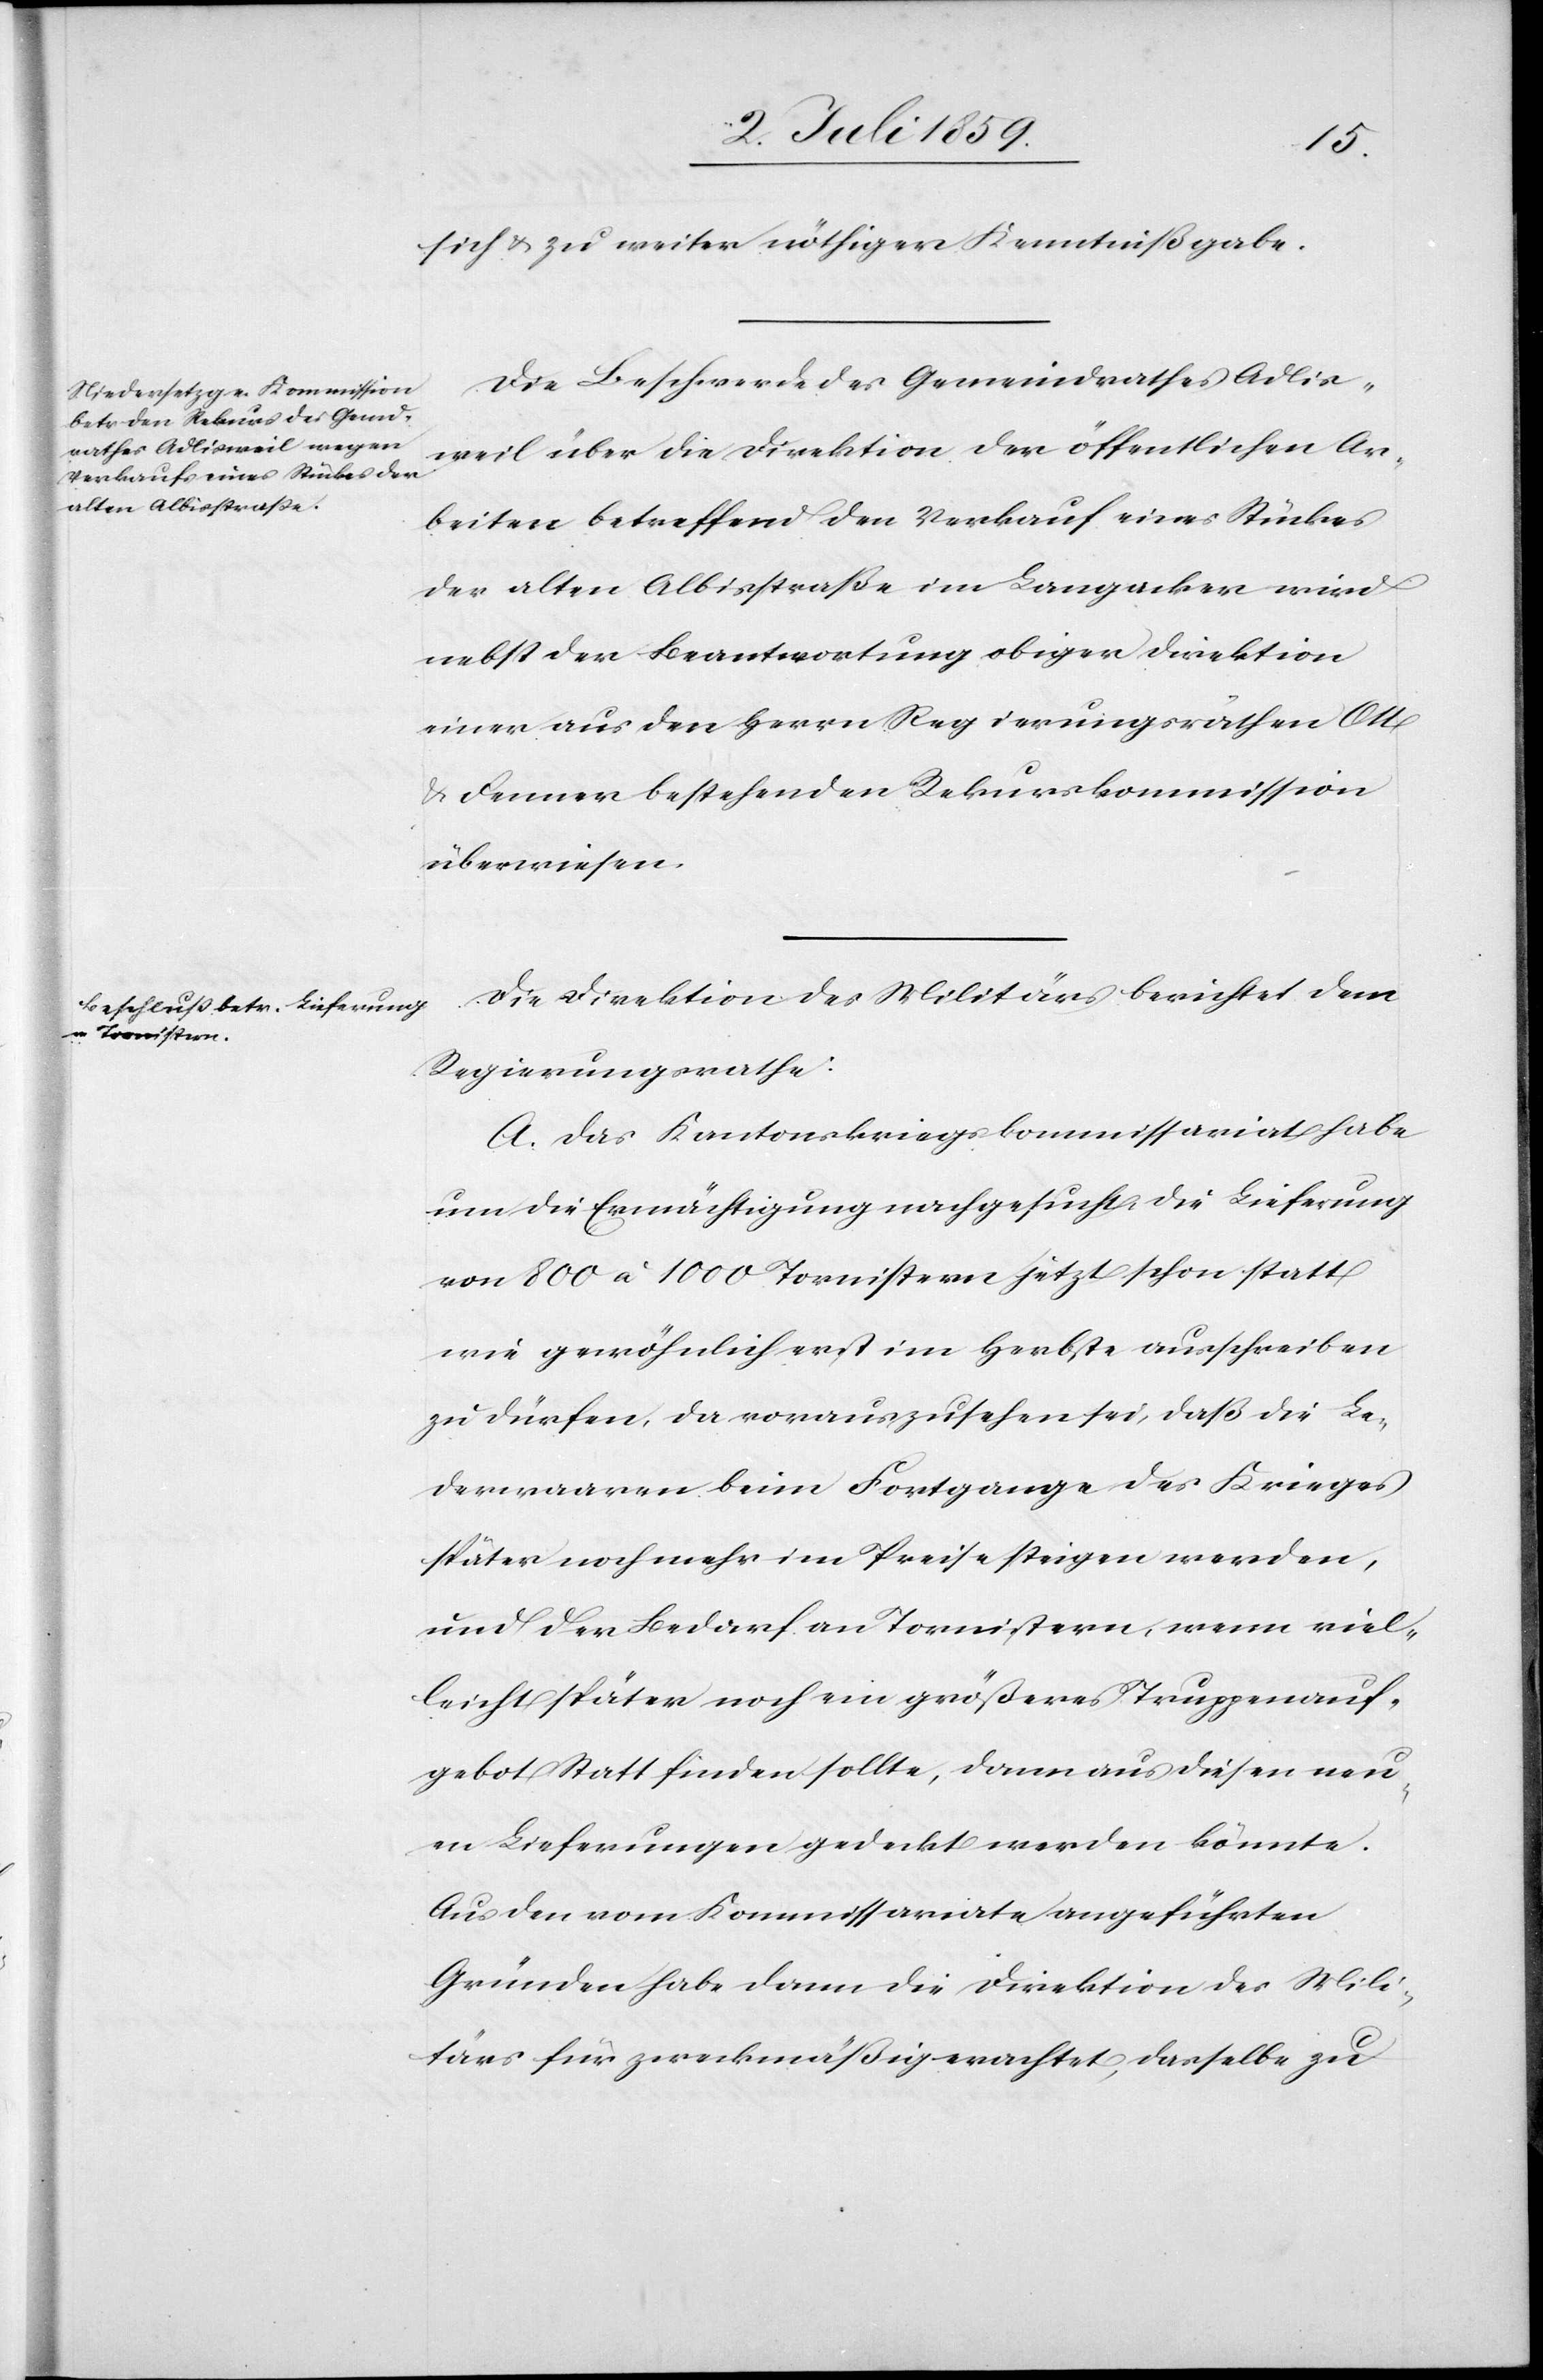
sich u. zu weiter nöthigen Kenntnißgabe.
Die Beschwerde des Gemeindrathes Adlis¬
weil über die Direktion der öffentlichen Ar¬
beiten betreffend den Verkauf eines Stückes
der alten Albisstraße im Langacker wird
nebst der Beantwortung obiger Direktion
einer aus den Herren Regierungsräthen Ott
u. Renner bestehenden Rekurskommission
überwiesen.
Die Direktion des Militärs berichtet dem
Regierungsrathe:
A. Das Kantonskriegskommissariat habe
um die Ermächtigung nachgesucht die Lieferung
von 800 à 1000 Tornistern jetzt schon statt
wie gewöhnlich erst im Herbste ausschreiben
zu dürfen, da vorauszusehen sei, daß die Le¬
derwaaren beim Fortgange des Krieges
später noch mehr im Preise steigen werden,
und den Bedarf an Tornistern, wenn viel¬
leicht später noch ein größeres Truppenauf¬
gebot statt finden sollte, dann aus diesen neu¬
en Lieferungen gedeckt werden könnte.
Aus den vom Kommissariate angeführten
Gründen habe dann die Direktion des Mili¬
tärs für zweckmäßig erachtet, dasselbe zu